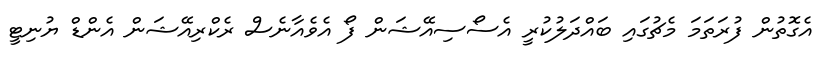
އެގޮތުން ފުރަތަމަ މެޗުގައި ބައްދަލުކުރީ އެސޯސިއޭޝަން ފޯ އެވެއާނެސް ރެކްރިއޭޝަން އެންޑް ޔުނިޓީ